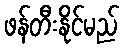
ဖန်တီးနိုင်မည်